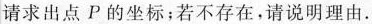
请求出点P的坐标；若不存在，请说明理由.